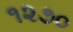
૧૨૭૦